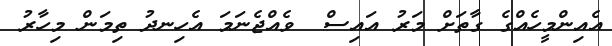
އެއިންމީހެއްގެ ގާތަށް މަރު އައިސް  ވެއްޖެނަމަ އެހިނދު ތިމަން މިހާރު